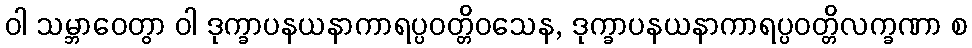
ဝါ သမ္ဘာဝေတွာ ဝါ ဒုက္ခာပနယနာကာရပ္ပဝတ္တိဝသေန, ဒုက္ခာပနယနာကာရပ္ပဝတ္တိလက္ခဏာ စ